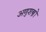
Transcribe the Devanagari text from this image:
अणुशस्त्रों